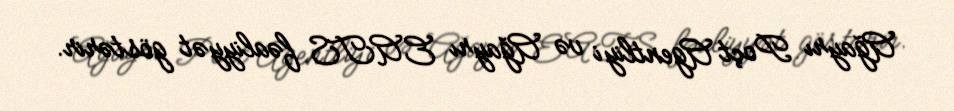
Ağayrı Poçt Agentliyi və Ağayrı EATS fəaliyyət göstərir.